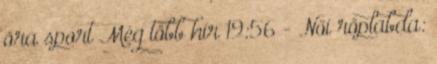
óra sport Még több hír 19:56 - Női röplabda: